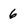
Character: 6